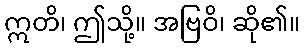
ဣတိ၊ ဤသို့။ အဗြဝိ၊ ဆို၏။